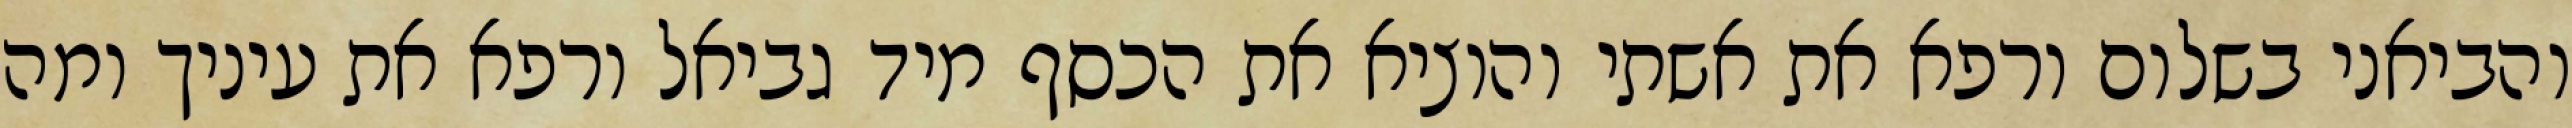
והביאני בשלום ורפא את אשתי והוציא את הכסף מיד גביאל ורפא את עיניך ומה